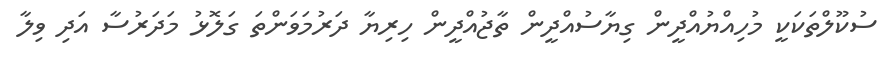
ސުކޫލްތަކަކީ މުހިއްޔުއްދީން ގިޔާސުއްދީން ތާޖުއްދީން ހިރިޔާ ދަރުމަވަންތަ ގަލޮޅު މަދަރުސާ އަދި ވިލާ